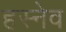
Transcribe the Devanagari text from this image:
हस्नेव